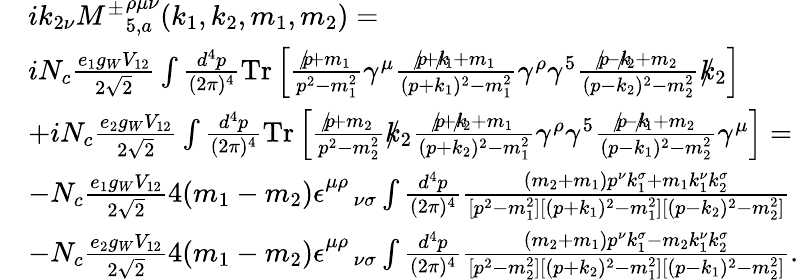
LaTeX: \begin{array}{rl}&{ik_{2\nu}{M^{\pm}}_{5,a}^{\rho\mu\nu}(k_{1},k_{2},m_{1},m_{2})=}\\ &{iN_{c}\frac{e_{1}g_{W}V_{12}}{2\sqrt{2}}\int\frac{d^{4}p}{(2\pi)^{4}}\mathrm{{Tr}}\left[\frac{p\! \! \! /+m_{1}}{p^{2}-m_{1}^{2}}\gamma^{\mu}\frac{p\! \! \! /+k\! \! \! /_{1}+m_{1}}{(p+k_{1})^{2}-m_{1}^{2}}\gamma^{\rho}\gamma^{5}\frac{p\! \! \! /-k\! \! \! /_{2}+m_{2}}{(p-k_{2})^{2}-m_{2}^{2}}k\! \! \! /_{2}\right]}\\ &{+iN_{c}\frac{e_{2}g_{W}V_{12}}{2\sqrt{2}}\int\frac{d^{4}p}{(2\pi)^{4}}{\mathrm{Tr}}\left[\frac{p\! \! \! /+m_{2}}{p^{2}-m_{2}^{2}}k\! \! \! /_{2}\frac{p\! \! \! /+k\! \! \! /_{2}+m_{1}}{(p+k_{2})^{2}-m_{1}^{2}}\gamma^{\rho}\gamma^{5}\frac{p\! \! \! /-k\! \! \! /_{1}+m_{2}}{(p-k_{1})^{2}-m_{2}^{2}}\gamma^{\mu}\right]=}\\ &{-N_{c}\frac{e_{1}g_{W}V_{12}}{2\sqrt{2}}4(m_{1}-m_{2})\epsilon_{\quad\nu\sigma}^{\mu\rho}\int\frac{d^{4}p}{(2\pi)^{4}}\frac{(m_{2}+m_{1})p^{\nu}k_{1}^{\sigma}+m_{1}k_{1}^{\nu}k_{2}^{\sigma}}{[p^{2}-m_{1}^{2}][(p+k_{1})^{2}-m_{1}^{2}][(p-k_{2})^{2}-m_{2}^{2}]}}\\ &{-N_{c}\frac{e_{2}g_{W}V_{12}}{2\sqrt{2}}4(m_{1}-m_{2})\epsilon_{\quad\nu\sigma}^{\mu\rho}\int\frac{d^{4}p}{(2\pi)^{4}}\frac{(m_{2}+m_{1})p^{\nu}k_{1}^{\sigma}-m_{2}k_{1}^{\nu}k_{2}^{\sigma}}{[p^{2}-m_{2}^{2}][(p+k_{2})^{2}-m_{1}^{2}][(p-k_{1})^{2}-m_{2}^{2}]}.}\end{array}